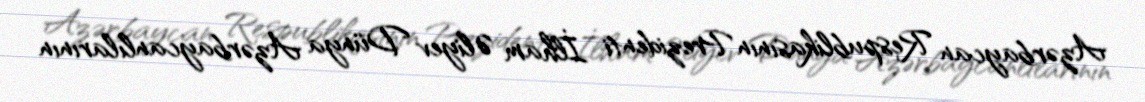
Azərbaycan Respublikasının Prezidenti İlham Əliyev Dünya Azərbaycanlılarının